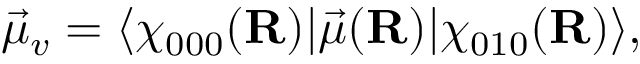
\vec { \mu } _ { v } = \langle \chi _ { 0 0 0 } ( \mathbf { R } ) | \vec { \mu } ( \mathbf { R } ) | \chi _ { 0 1 0 } ( \mathbf { R } ) \rangle ,